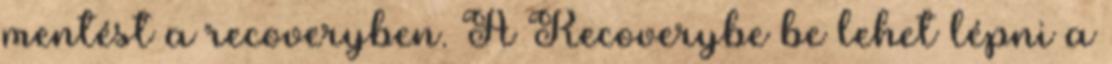
mentést a recoveryben. A Recoverybe be lehet lépni a